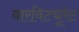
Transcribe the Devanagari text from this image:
वारविट्यूरेट